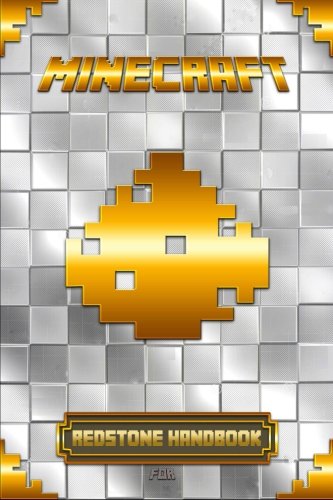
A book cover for Redstone Handbook for Minecraft: Ultimate Collector's Edition (Minecraft Handbooks); Minecraft Books; Children's Books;